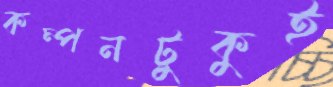
কম্পনটুকুই